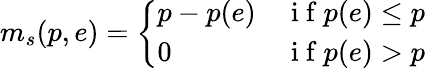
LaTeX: m_{s}(p,e)=\left\{ \begin{array}{ll}{p-p(e)}&{\mathrm{~i~f~}p(e)\leq p}\\ {0}&{\mathrm{~i~f~}p(e)>p}\end{array}\right.